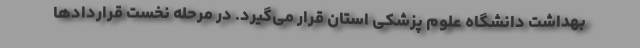
بهداشت دانشگاه علوم پزشکی استان قرار می‌گیرد. در مرحله نخست قراردادها